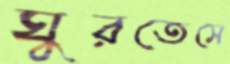
ঘুরতেসে